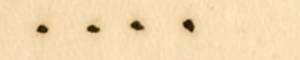
....